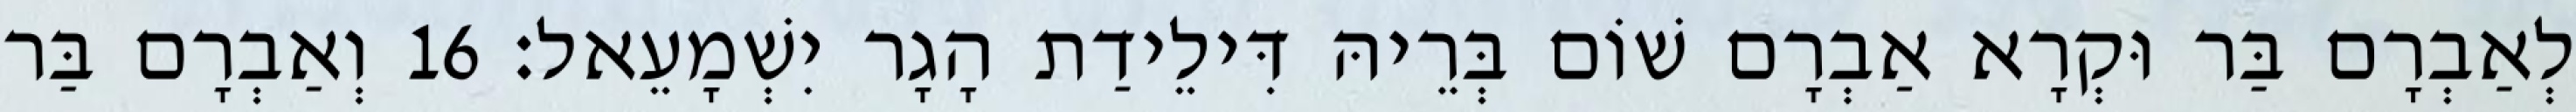
לְאַבְרָם בַּר וּקְרָא אַבְרָם שׁוֹם בְּרֵיהּ דִּילֵידַת הָגָר יִשְׁמָעֵאל׃ 16 וְאַבְרָם בַּר